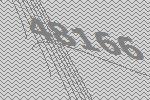
48166